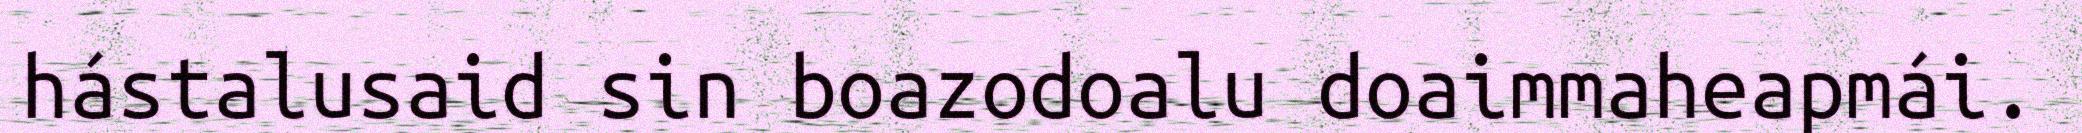
hástalusaid sin boazodoalu doaimmaheapmái.